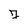
Character: 7